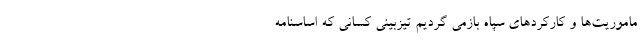
ماموریت‌ها و کارکرد‌های سپاه بازمی گردیم تیزبینی کسانی که اساسنامه